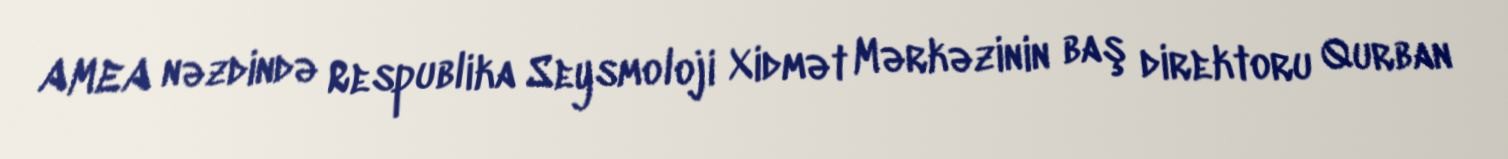
AMEA nəzdində Respublika Seysmoloji Xidmət Mərkəzinin baş direktoru Qurban